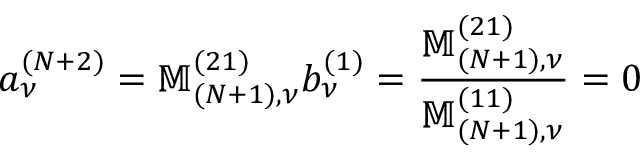
a _ { \nu } ^ { ( N + 2 ) } = \mathbb { M } _ { ( N + 1 ) , \nu } ^ { ( 2 1 ) } b _ { \nu } ^ { ( 1 ) } = \frac { \mathbb { M } _ { ( N + 1 ) , \nu } ^ { ( 2 1 ) } } { \mathbb { M } _ { ( N + 1 ) , \nu } ^ { ( 1 1 ) } } = 0